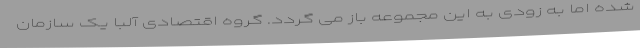
شده اما به زودی به این مجموعه باز می گردد. گروه اقتصادی آلبا یک سازمان